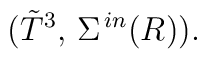
({\tilde{T}}^3,\, \Sigma^{\,in}(R)).